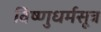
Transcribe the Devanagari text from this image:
विष्णुधर्मसूत्र